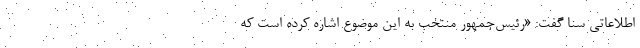
اطلاعاتی سنا گفت: «رئیس‌جمهور منتخب به این موضوع اشاره کرده است که